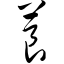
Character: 茛